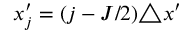
x _ { j } ^ { \prime } = ( j - J / 2 ) \triangle x ^ { \prime }